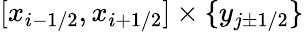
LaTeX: [x_{i-1/2},x_{i+1/2}]\times\{ y_{j\pm 1/2}\}